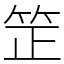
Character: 䇥